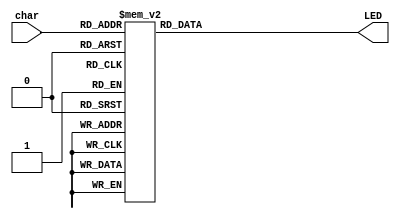
`timescale 1ns / 1ps
//////////////////////////////////////////////////////////////////////////////////
// Company: 
// Engineer: 
// 
// Design Name: 
// Module Name:    LEDdecoder 
// Project Name: 
// Target Devices: 
// Tool versions: 
// Description: 
//xx
// Dependencies: 
//
// Revision: 
// Revision 0.01 - File Created
// Additional Comments: 
//
//////////////////////////////////////////////////////////////////////////////////
module LEDdecoder(char, LED);
input [3:0] char;
output [6:0] LED;
reg [6:0] LED;

always@* 
begin
	case(char)
		4'b0000:LED <= 7'b0000001; // 0
		4'b0001:LED <= 7'b1001111; // 1
		4'b0010:LED <= 7'b0010010; // 2
		4'b0011:LED <= 7'b0000110; // 3
		4'b0100:LED <= 7'b1001100; // 4
		4'b0101:LED <= 7'b0100100; // 5
		4'b0110:LED <= 7'b0100000; // 6
		4'b0111:LED <= 7'b0001111; // 7
		4'b1000:LED <= 7'b0000000; // 8
		4'b1001:LED <= 7'b0000100; // 9
		4'b1010:LED <= 7'b0001000; // a
		4'b1011:LED <= 7'b1100000; // b 
		4'b1100:LED <= 7'b0110001; // c 
		4'b1101:LED <= 7'b1000010; // d
		4'b1110:LED <= 7'b0110000; // e
		4'b1111:LED <= 7'b0111000; // f
	endcase
end
endmodule